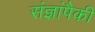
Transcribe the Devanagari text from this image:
संज्ञांपैकी